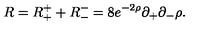
R = R _ { + } ^ { + } + R _ { - } ^ { - } = 8 e ^ { - 2 \rho } \partial _ { + } \partial _ { - } \rho .